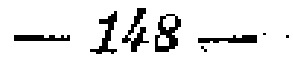
$148$